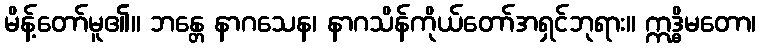
မိန့်တော်မူ၏။ ဘန္တေ နာဂသေန၊ နာဂသိန်ကိုယ်တော်အရှင်ဘုရား။ ဣဒ္ဓိမတော၊